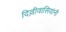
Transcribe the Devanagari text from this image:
दिल्लीवासियांनी